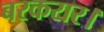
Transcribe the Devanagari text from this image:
बरकरार।